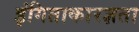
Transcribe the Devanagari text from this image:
इंगिताकारज्ञता